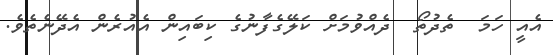
އެއީ ހަމަ  ތެދުތޯ  ދެއްވުމަށް ކަލޭގެފާނުގެ ކިބައިން އެއުރެން އެދޭނެތެވެ.